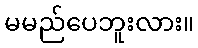
မမည်ပေဘူးလား။